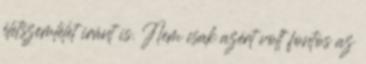
életszemlélet iránt is. Nem csak azért volt fontos az